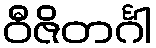
ဝီဇိတင်္ဂါ